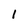
Character: 1